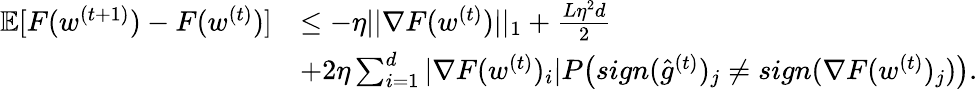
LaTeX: \begin{array}{rl}{\mathbb{E}[F(w^{(t+1)})-F(w^{(t)})]}&{\leq-\eta||\nabla F(w^{(t)})||_{1}+\frac{L\eta^{2}d}{2}}\\ &{+2\eta\sum_{i=1}^{d}|\nabla F(w^{(t)})_{i}|P\big(sign(\hat{g}^{(t)})_{j}\neq sign(\nabla F(w^{(t)})_{j})\big).}\end{array}